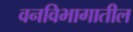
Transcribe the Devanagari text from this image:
वनविभागातील